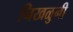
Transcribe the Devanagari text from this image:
निखळुनी